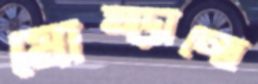
মোষ্‌ড়াচ্ছে